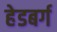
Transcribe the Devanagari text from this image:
हेडबर्ग